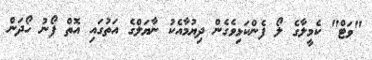
"ވަޓް" ކެމީލާގެ ލޯ ފެންކަޅިވެގެން ދިޔުމާއެކު ނާޔަލްގެ އަތުގައި އޮތް ފޯނު ހޯދަން